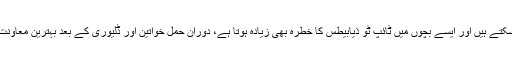
رائل کالج کے بچوں کے ماہر ڈاکٹر کے مطابق زائد وزن والے والدین کے بچے بھی موٹاپے کا شکار ہوسکتے ہیں اور ایسے بچوں میں ٹائپ ٹو ذیابیطس کا خطرہ بھی زیادہ ہوتا ہے، دوران حمل خواتین اور ڈلیوری کے بعد بہترین معاونت فراہم کرنے سے ماں اور بچے دونوں کی صحت کے حوالے سے اچھے نتائج حاصل کئے جاسکتے ہیں۔